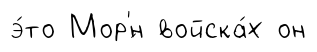
э́то Мор'́н войска́х он